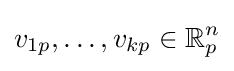
v_{1p},\ldots ,v_{kp}\in \mathbb {R} _{p}^{n}